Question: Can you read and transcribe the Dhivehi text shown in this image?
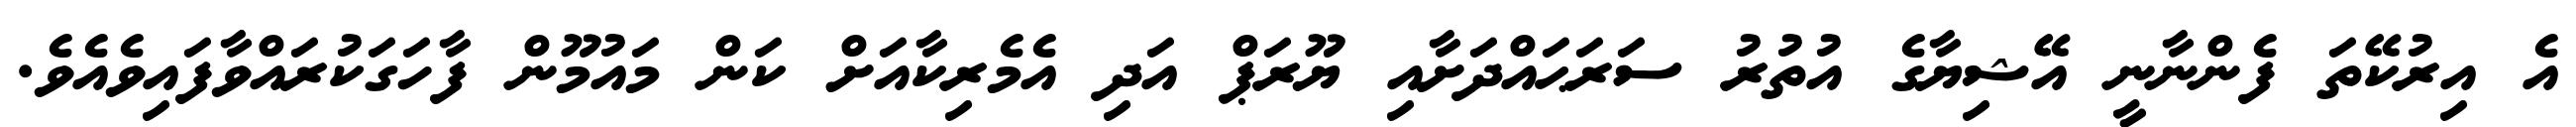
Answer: އެ އިރުކޭތަ ފެންނާނީ އޭޝިޔާގެ އުތުރު ސަރަޙައްދަށާއި ޔޫރަޕް އަދި އެމެރިކާއަށް ކަން މައުމޫން ފާހަގަކުރައްވާފައިވެއެވެ.